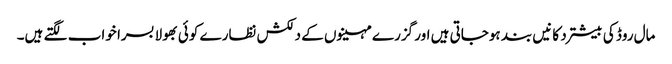
مال روڈ کی بیشترد کانیں بند ہوجاتی ہیں اور گزرے مہینوں کے دلکش نظارے کوئی بھولا بسرا خواب لگتے ہیں۔